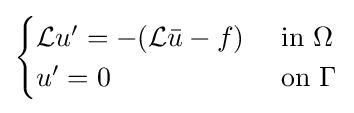
{\begin{cases}{\mathcal {L}}u'=-({\mathcal {L}}{\bar {u}}-f)&{\text{ in }}\Omega \\u'=0&{\text{ on }}\Gamma \end{cases}}